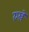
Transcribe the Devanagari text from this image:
रुखे